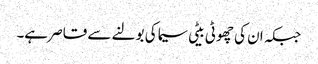
جبکہ ان کی چھوٹی بیٹی سیما کی بولنے سے قاصر ہے۔